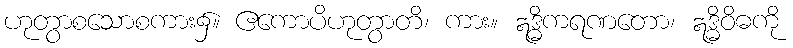
ဟုတွာစသောစကား၌။ ဧကောပိဟုတွာတိ၊ ကား။ ဣဒ္ဓိကရဏတော၊ ဣဒ္ဓိဝိဓကို